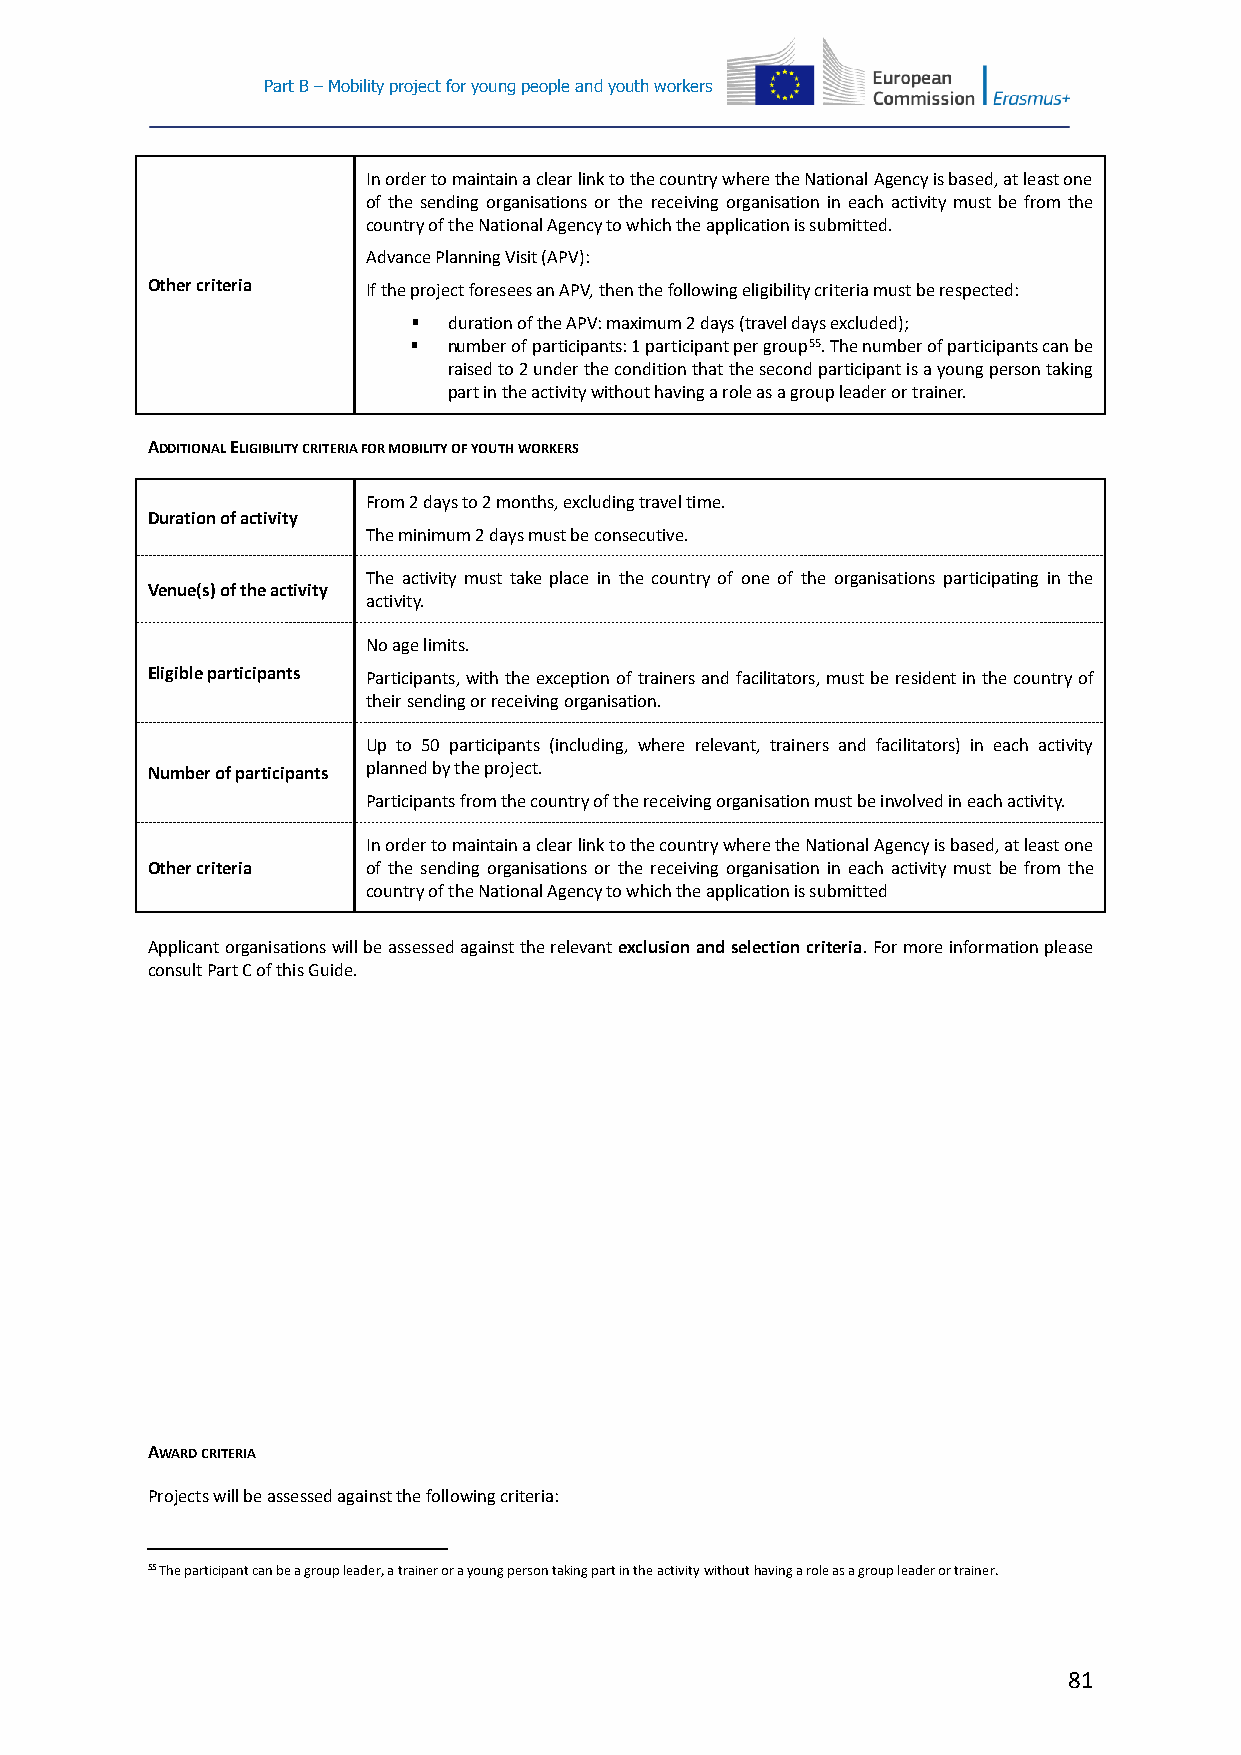
Part B – Mobility project for young people and youth workers
 In order to maintain a clear link to the country where the National Agency is based, at least one
 of the sending organisations or the receiving organisation in each activity must be from the
 country of the National Agency to which the application is submitted.
 Advance Planning Visit (APV):
 Other criteria If the project foresees an APV, then the following eligibility criteria must be respected:
   duration of the APV: maximum 2 days (travel days excluded);
   number of participants: 1 participant per group55. The number of participants can be
 raised to 2 under the condition that the second participant is a young person taking
 part in the activity without having a role as a group leader or trainer.
 ADDITIONAL ELIGIBILITY CRITERIA FOR MOBILITY OF YOUTH WORKERS
 From 2 days to 2 months, excluding travel time.
 Duration of activity
 The minimum 2 days must be consecutive.
 The activity must take place in the country of one of the organisations participating in the
 Venue(s) of the activity
 activity.
 No age limits.
 Eligible participants Participants, with the exception of trainers and facilitators, must be resident in the country of
 their sending or receiving organisation.
 Up to 50 participants (including, where relevant, trainers and facilitators) in each activity
 Number of participants planned by the project.
 Participants from the country of the receiving organisation must be involved in each activity.
 In order to maintain a clear link to the country where the National Agency is based, at least one
 Other criteria of the sending organisations or the receiving organisation in each activity must be from the
 country of the National Agency to which the application is submitted
 Applicant organisations will be assessed against the relevant exclusion and selection criteria. For more information please
 consult Part C of this Guide.
 AWARD CRITERIA
 Projects will be assessed against the following criteria:
 55 The participant can be a group leader, a trainer or a young person taking part in the activity without having a role as a group leader or trainer.
 81